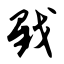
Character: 戥